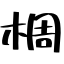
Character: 椆